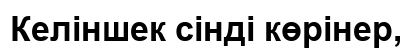
Келіншек сінді көрінер,